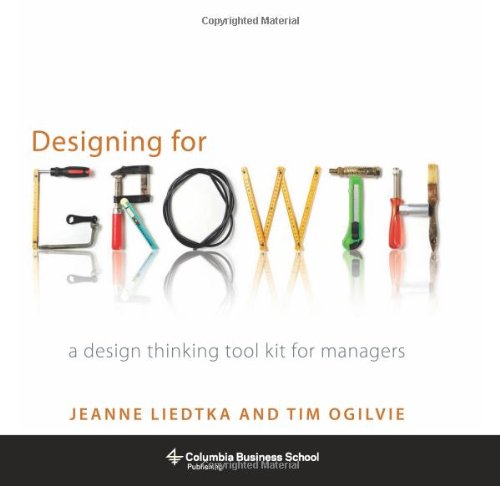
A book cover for Designing for Growth: A Design Thinking Tool Kit for Managers (Columbia Business School Publishing); Jeanne Liedtka; Arts & Photography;